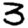
Digit: 3